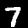
Label: 7